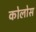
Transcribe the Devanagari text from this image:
कोलोस